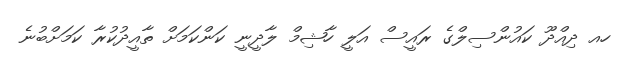
ހއ ދިއްދޫ ކައުންސިލްގެ ރައީސް އަލީ ހާޝިމް ލާދީނީ ކަންކަމަށް ތާއީދުކުރާ ކަމަށްބުނެ